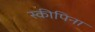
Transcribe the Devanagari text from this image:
स्कीपिना